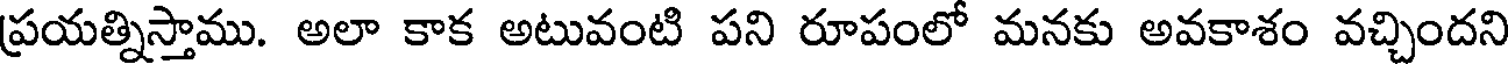
ప్రయత్నిస్తాము. అలా కాక అటువంటి పని రూపంలో మనకు అవకాశం వచ్చిందని